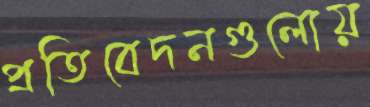
প্রতিবেদনগুলোয়